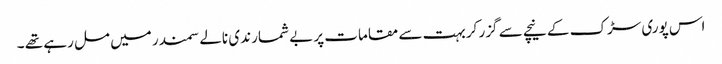
اس پوری سڑک کے نیچے سے گزر کر بہت سے مقامات پر بے شمار ندی نالے سمندر میں مل رہے تھے ۔